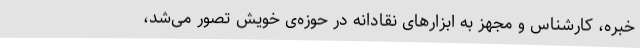
خبره، کارشناس و مجهز به ابزارهای نقادانه در حوزه‌ی خویش تصور می‌شد،